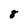
Character: 8